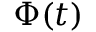
\boldsymbol { \Phi } ( t )